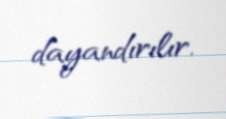
dayandırılır.